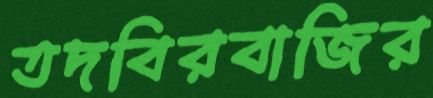
তদবিরবাজির